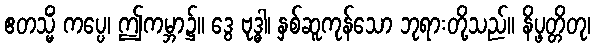
ဧတသ္မိံ ကပ္ပေ၊ ဤကမ္ဘာ၌။ ဒွေ ဗုဒ္ဓါ၊ နှစ်ဆူကုန်သော ဘုရားတို့သည်။ နိပ္ဖတ္တိတု၊